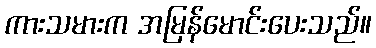
ကားသမားက အမြန်မောင်းပေးသည်။